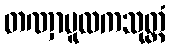
တဏှာမူလကသုတ္တံ